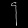
Digit: ၄